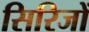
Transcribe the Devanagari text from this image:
सिरिजों